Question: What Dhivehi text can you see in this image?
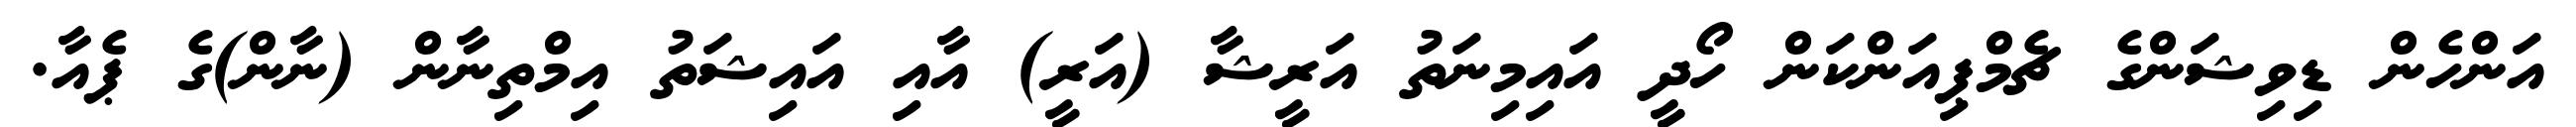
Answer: އަންހެން ޑިވިޝަންގެ ޗެމްޕިއަންކަން ހޯދީ އައިމިނަތު އަރީޝާ (އަރީ) އާއި އައިޝަތު އިމްތިނާން (ނާން)ގެ ޕެއާ.